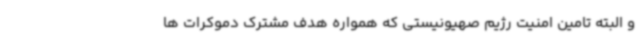
و البته تامین امنیت رژیم صهیونیستی که همواره هدف مشترک دموکرات ها